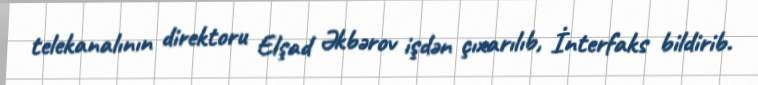
telekanalının direktoru Elşad Əkbərov işdən çıxarılıb, İnterfaks bildirib.